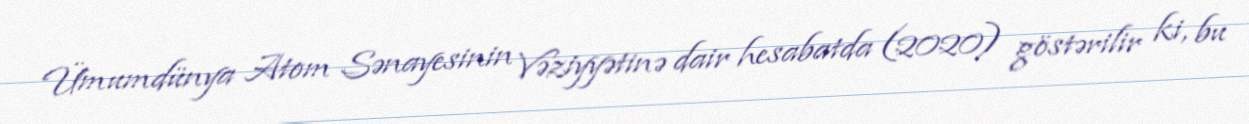
Ümumdünya Atom Sənayesinin Vəziyyətinə dair hesabatda (2020) göstərilir ki, bu